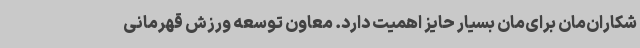
شکاران‌مان برای‌مان بسیار حایز اهمیت دارد.‌ معاون توسعه ورزش قهرمانی